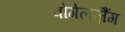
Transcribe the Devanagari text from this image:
वोगेलज़ैंग